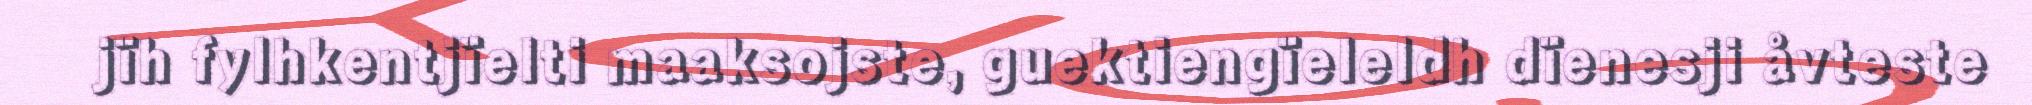
jïh fylhkentjïelti maaksojste, guektiengïeleldh dïenesji åvteste